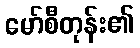
မော်စီတုန်း၏